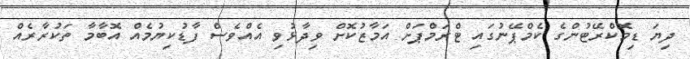
ދިޔަ ޑިމޮކްރޭޓުންގެ ކެމްޕޭނުގައި ޓްރަމްޕަށް އަމާޒުކޮށް ވިދާޅުވި އެއްވެސް ފާޑުކިޔުމެއް އޮބާމާ ތަކުރާރެއް